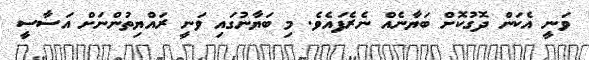
ވަނީ އެކަން ދޮގުކޮށް ބަޔާނެއް ނެރެފައެވެ. މި ބަޔާނުގައި ވަނީ ރައްޔިތުންނަށް އަސާސީ